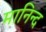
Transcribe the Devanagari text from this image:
मानिन्द